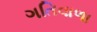
ગતિવાળા